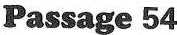
Passage 54